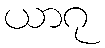
ယာဂု